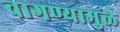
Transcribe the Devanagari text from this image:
वागण्यामुळे